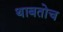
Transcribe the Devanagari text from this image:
थाबतोच